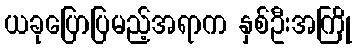
ယခုပြောပြမည့်အရာက နှစ်ဦးအကြို